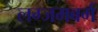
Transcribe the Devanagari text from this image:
लग्जमबर्ग